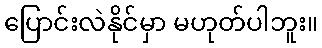
ပြောင်းလဲနိုင်မှာ မဟုတ်ပါဘူး။